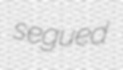
segued